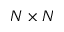
N \times N